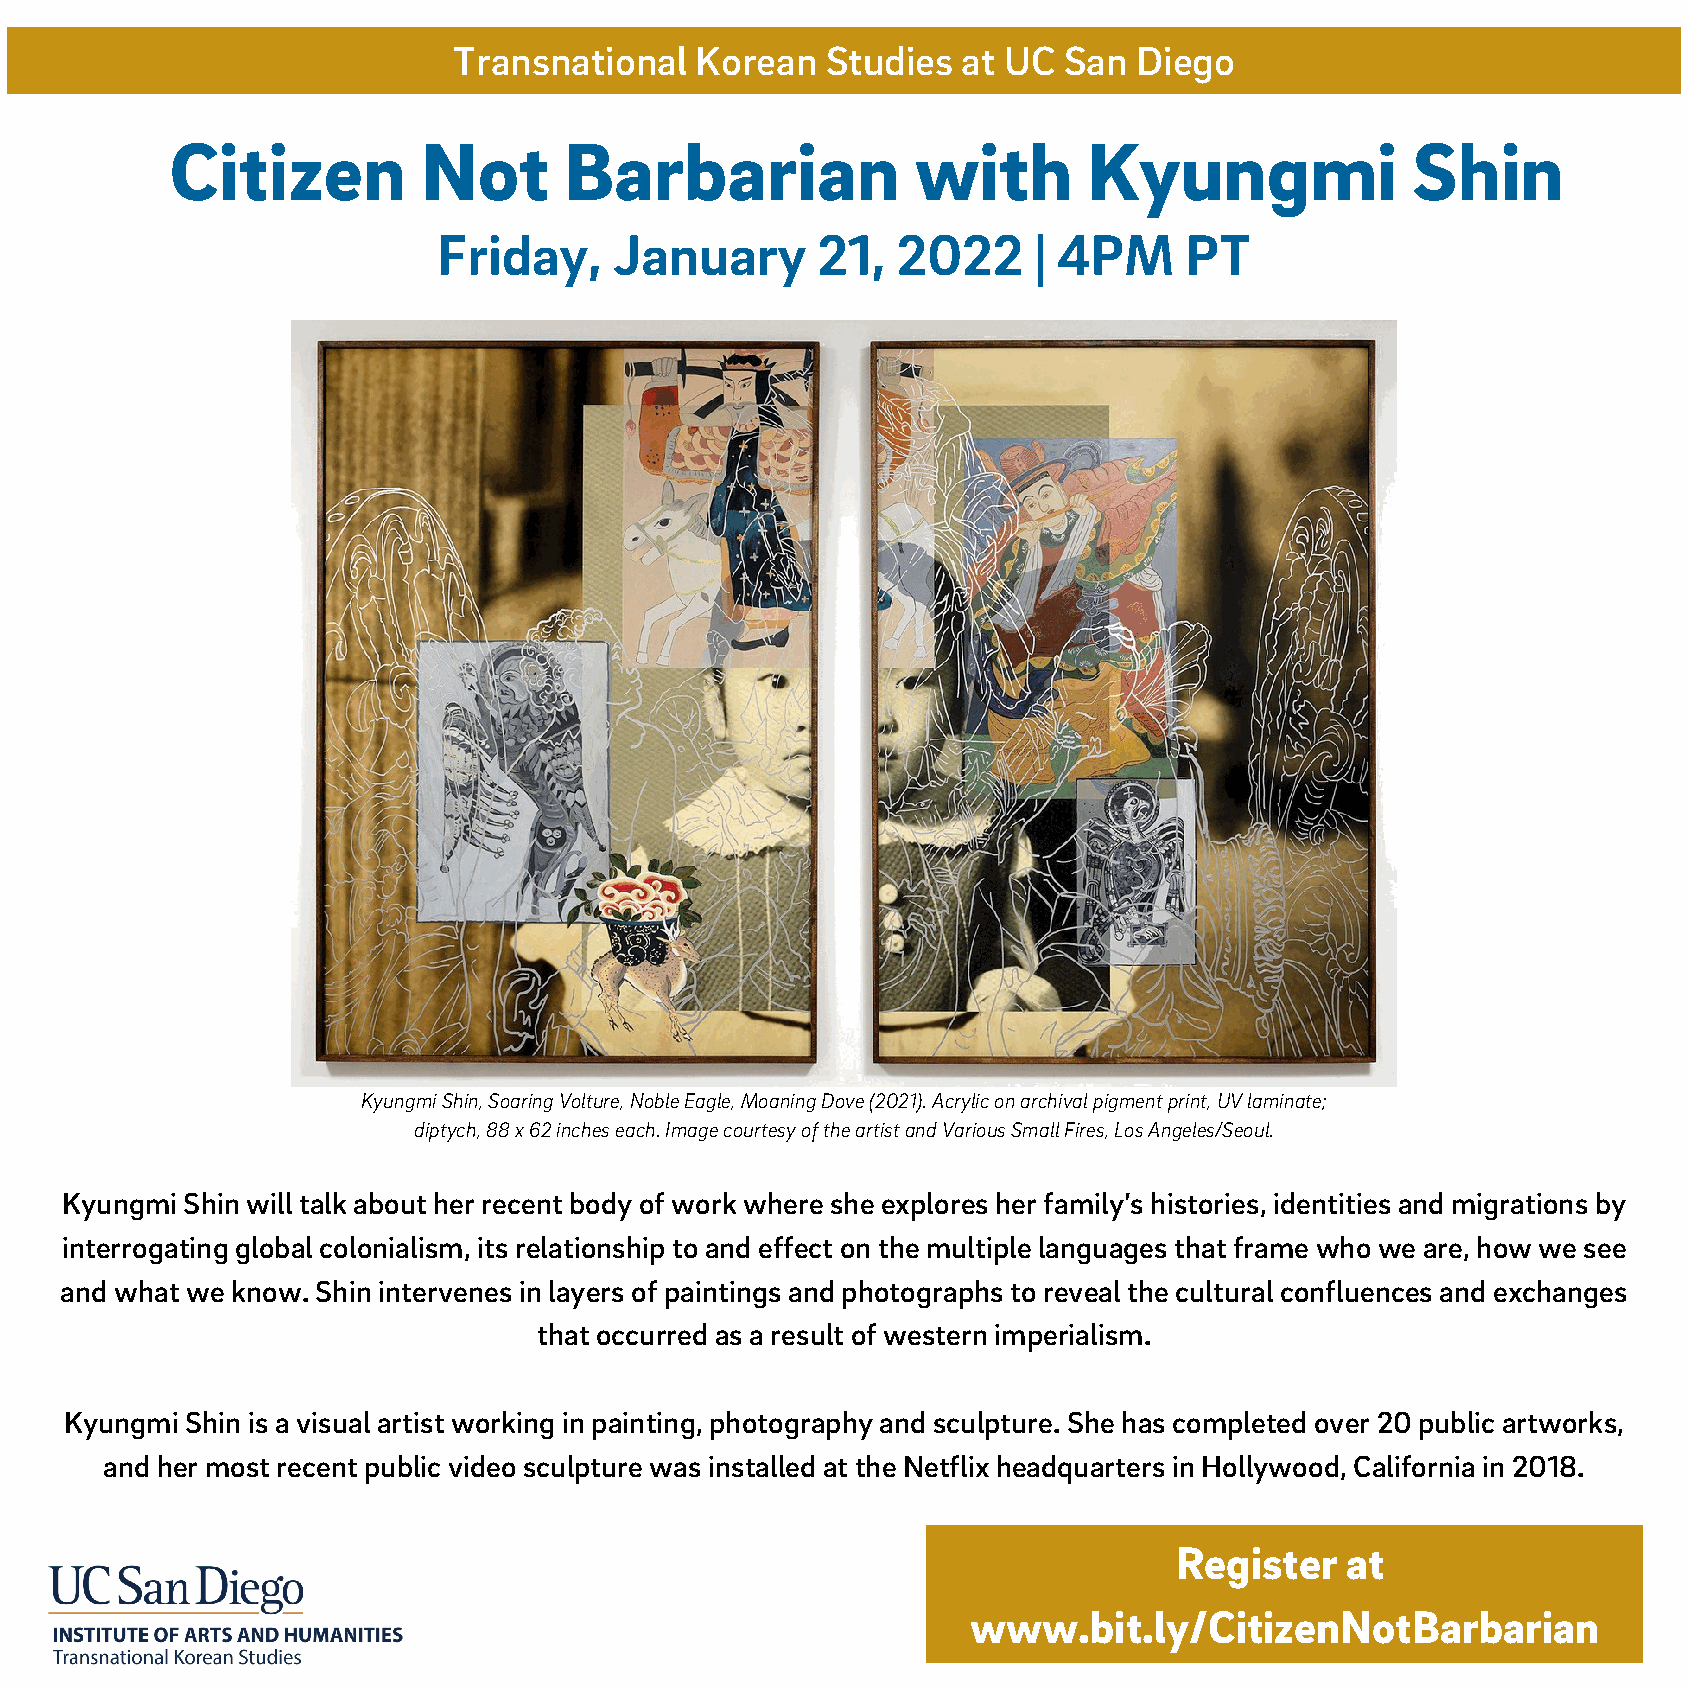
Transnational   Korean   Studies  at UC San  Diego
 Citizen          Not      Barbarian               with       Kyungmi              Shin
 Friday,     January      21,  2022     | 4PM     PT
 Kyungmi Shin, Soaring Volture, Noble Eagle, Moaning Dove (2021). Acrylic on archival pigment print, UV laminate;
 diptych, 88 x 62 inches each. Image courtesy of the artist and Various Small Fires, Los Angeles/Seoul.
 Kyungmi Shin will talk about her recent body of work where she explores her family’s histories, identities and migrations by
 interrogating global colonialism, its relationship to and effect on the multiple languages that frame who we are, how we see
 and what we know. Shin intervenes in layers of paintings and photographs to reveal the cultural confluences and exchanges
 that occurred as a result of western imperialism.
 Kyungmi Shin is a visual artist working in painting, photography and sculpture. She has completed over 20 public artworks,
 and her most recent public video sculpture was installed at the Netflix headquarters in Hollywood, California in 2018.
 Register   at
 www.bit.ly/CitizenNotBarbarian